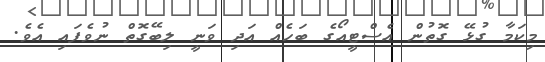
މިކަމާ ގުޅޭ ގޮތުން އެސްޓީއޯގެ ބަހެއް އަދި ވަނީ ލިބޭގޮތް ނުވެފައި އެވެ.